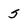
Character: 5